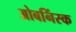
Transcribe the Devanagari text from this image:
ओबनिंस्क